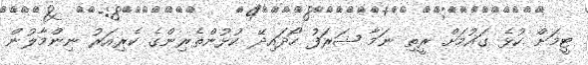
ޓީމަށް ކުޅެ ގައުމަށް ރީތި ނަމާ ޝަރަފު ހޯދައިދޭ ކުޅުންތެރިންގެ ކެރިއަރު ނިންމާލުން